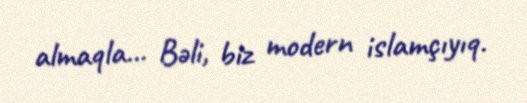
almaqla... Bəli, biz modern islamçıyıq.